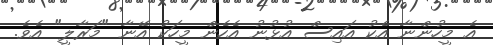
އެ މީހުންނާ އެކު އައިސް އުޅުނު އެހެން މީހަކު އޭނާ "މަރާލީ" އެވެ.